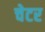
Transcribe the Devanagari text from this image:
चेटर